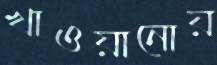
খাওয়ানোয়